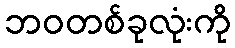
ဘဝတစ်ခုလုံးကို